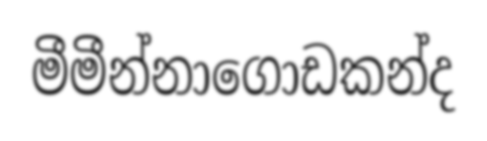
මීමීන්නාගොඩකන්ද